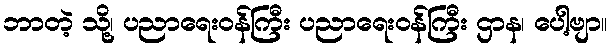
ဘာတဲ့ သို့၊ ပညာရေးဝန်ကြီး ပညာရေးဝန်ကြီး ဌာန၊ ပေါ့ဗျာ။